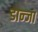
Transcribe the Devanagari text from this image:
डान्जा